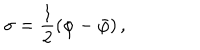
\sigma = { \frac { 1 } { 2 } } ( \varphi - \bar { \varphi } ) \, ,